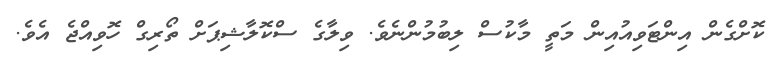
ކޮށްގެން އިންޓަވިއުއިން މަތީ މާކުސް ލިބުމުންނެވެ. ވިލާގެ ސްކޮލާޝިޕަށް ތޯރިގް ހޮވިއްޖެ އެވެ.